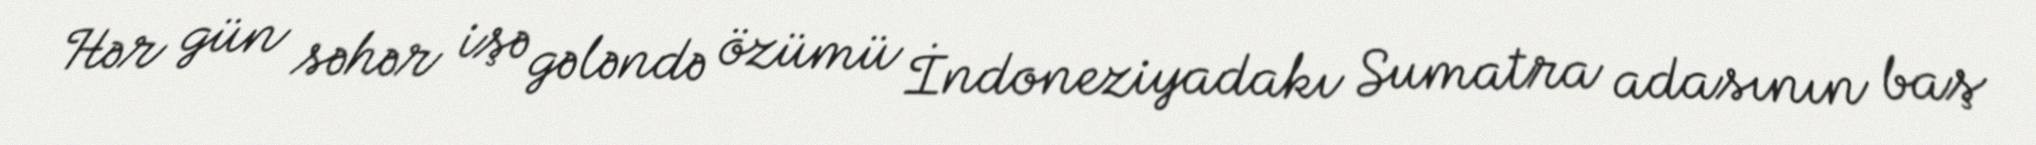
Hər gün səhər işə gələndə özümü İndoneziyadakı Sumatra adasının baş